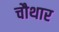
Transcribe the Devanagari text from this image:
चौथार